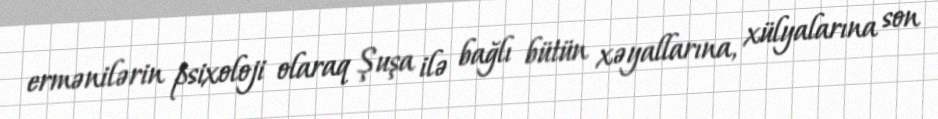
ermənilərin psixoloji olaraq Şuşa ilə bağlı bütün xəyallarına, xülyalarına son